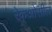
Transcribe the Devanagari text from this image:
रेक्‌ओसील